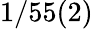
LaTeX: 1/55(2)